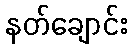
နတ်ချောင်း